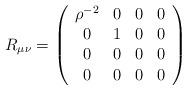
LaTeX: \begin{align*}R_{\mu\nu} = \left(\begin{array}{cccc}\rho^{-2} & 0 & 0 & 0\\0 & 1 & 0 & 0\\0 & 0 & 0 & 0\\0 & 0 & 0 & 0\end{array}\right)\end{align*}